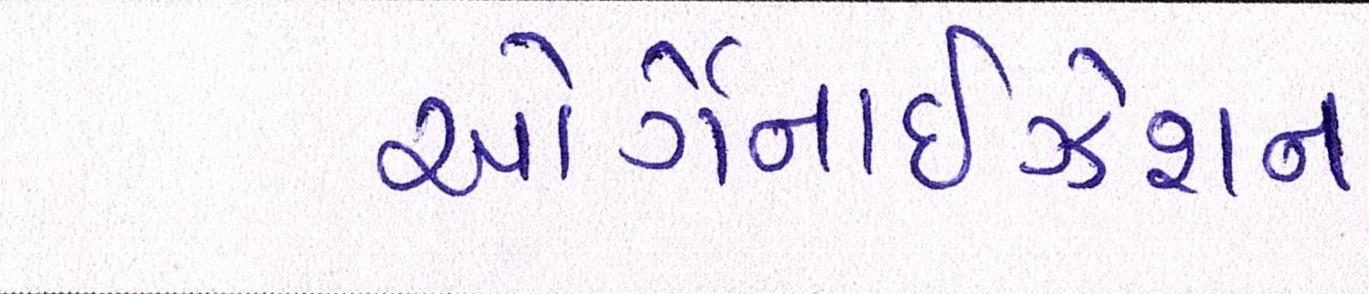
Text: ઓર્ગેનાઈઝેશન